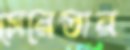
সেরেস্তার